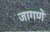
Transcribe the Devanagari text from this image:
जागणे